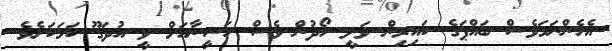
އެހެންނަމަވެސް ބައްޕަގެ ކައިރިން ވަލީ ހޯދުން ވެސް ހަސީނާއަށް ވީ އުދަގޫ ކަމަކަށެވެ.